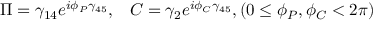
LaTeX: \Pi = \gamma _ { 1 4 } e ^ { i \phi _ { P } \gamma _ { 4 5 } } , \; \; \; C = \gamma _ { 2 } e ^ { i \phi _ { C } \gamma _ { 4 5 } } , ( 0 \leq \phi _ { P } , \phi _ { C } < 2 \pi )